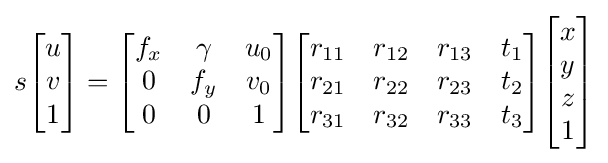
s{\begin{bmatrix}u\\v\\1\end{bmatrix}}={\begin{bmatrix}f_{x}&\gamma &u_{0}\\0&f_{y}&v_{0}\\0&0&1\end{bmatrix}}{\begin{bmatrix}r_{11}&r_{12}&r_{13}&t_{1}\\r_{21}&r_{22}&r_{23}&t_{2}\\r_{31}&r_{32}&r_{33}&t_{3}\\\end{bmatrix}}{\begin{bmatrix}x\\y\\z\\1\end{bmatrix}}